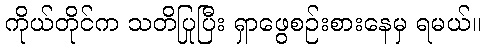
ကိုယ်တိုင်က သတိပြုပြီး ရှာဖွေစဉ်းစားနေမှ ရမယ်။